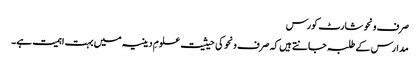
صرف ونحو شارٹ کورس
مدارس کے طلبہ جانتے ہیں کہ صرف ونحو کی حیثیت علومِ دینیہ میں بہت اہمیت ہے۔